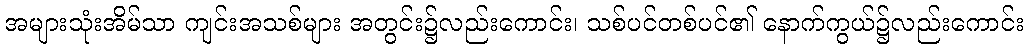
အများသုံးအိမ်သာ ကျင်းအသစ်များ အတွင်း၌လည်းကောင်း၊ သစ်ပင်တစ်ပင်၏ နောက်ကွယ်၌လည်းကောင်း